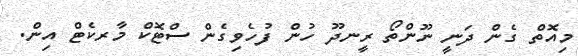
މިއޮތް ގެން ދަނީ ނޫންތޯ ރީނދޫ ހުން ފުހެވިގެން ސްޓޮކް މާރކެޓް އިން.